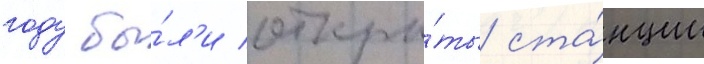
году бы́л'и откры́ты ста́нции